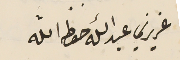
عزيزي عبدالله حفظه الله